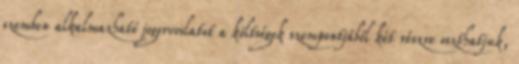
szemben alkalmazható jogorvoslatot a költségek szempontjából két részre oszthatjuk,